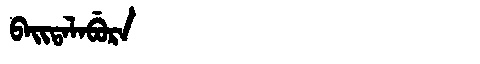
Manchu: ᠪᠠᡳᡨᠠᠯᠠᠪᡠᡵᠠ
Romanization: BAITALABURA